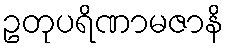
ဥတုပရိဏာမဇာနိ